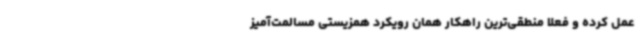
عمل کرده و فعلا منطقی‌ترین راهکار همان رویکرد همزیستی مسالمت‌آمیز